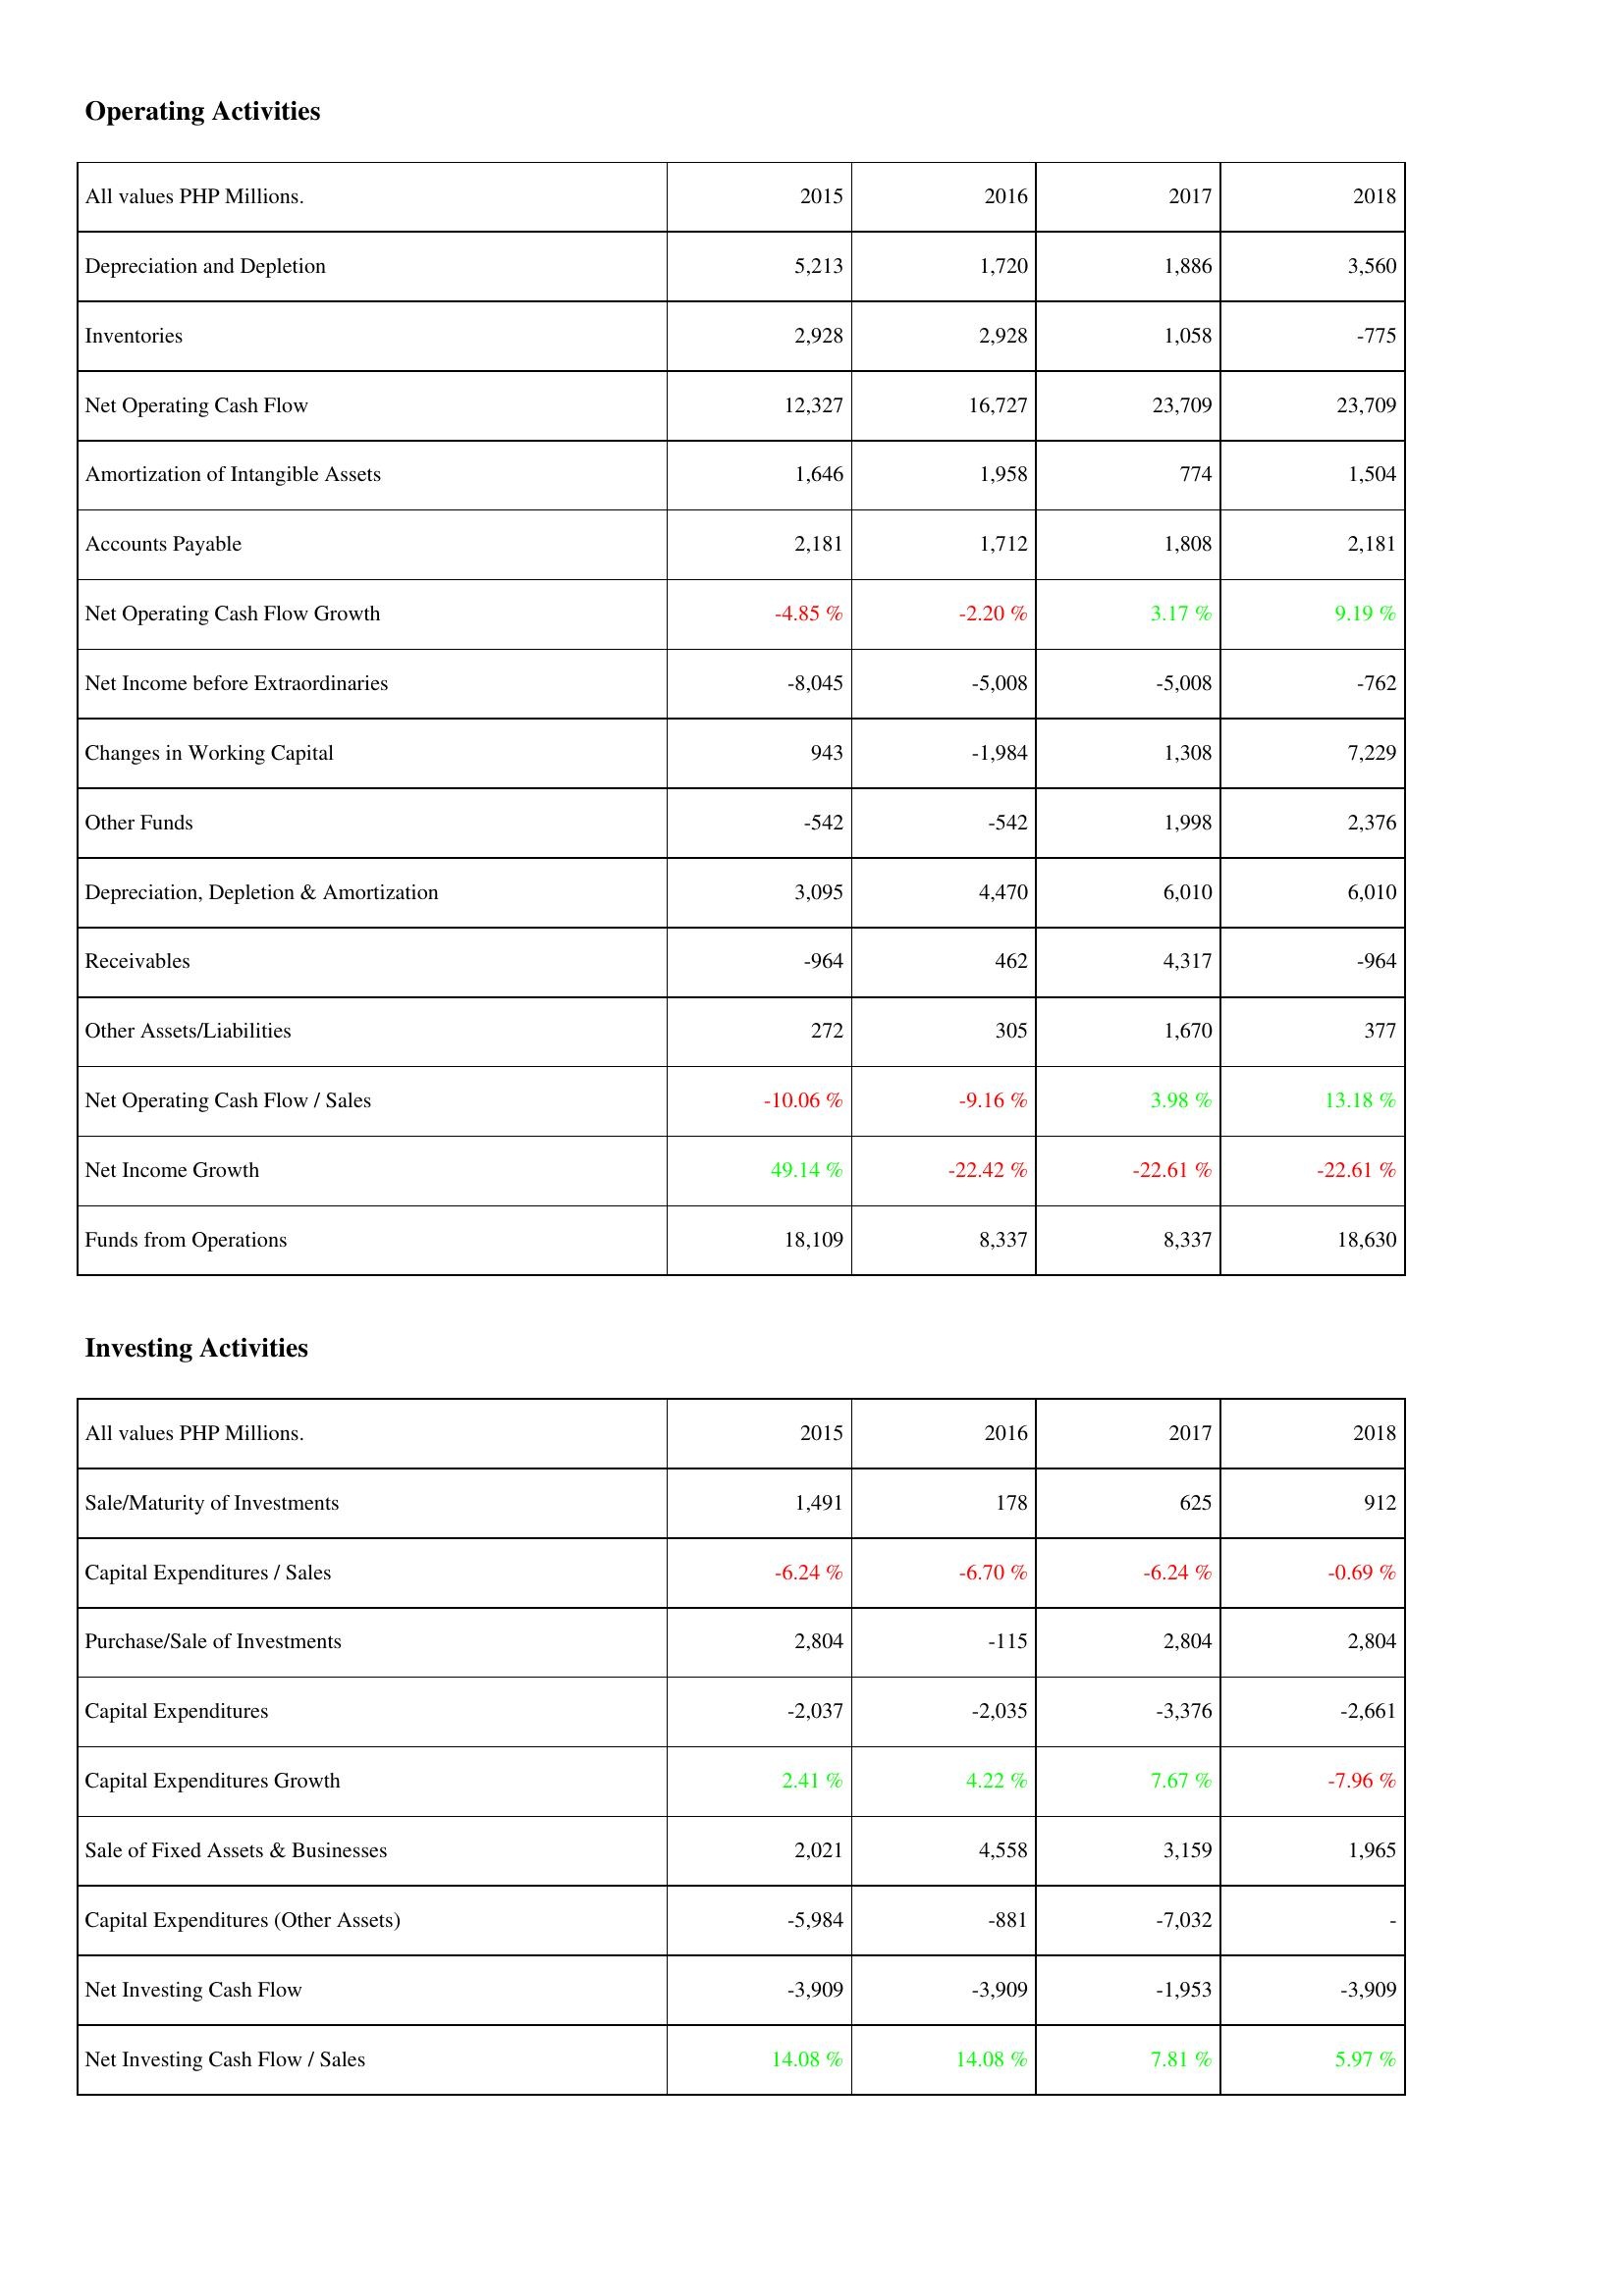
2015: Operating Activities: Depreciation and Depletion: 5,213
Inventories: 2,928
Net Operating Cash Flow: 12,327
Amortization of Intangible Assets: 1,646
Accounts Payable: 2,181
Net Operating Cash Flow Growth: -4.85 %
Net Income before Extraordinaries: -8,045
Changes in Working Capital: 943
Other Funds: -542
Depreciation, Depletion & Amortization: 3,095
Receivables: -964
Other Assets/Liabilities: 272
Net Operating Cash Flow / Sales: -10.06 %
Net Income Growth: 49.14 %
Funds from Operations: 18,109
Investing Activities: Sale/Maturity of Investments: 1,491
Capital Expenditures / Sales: -6.24 %
Purchase/Sale of Investments: 2,804
Capital Expenditures: -2,037
Capital Expenditures Growth: 2.41 %
Sale of Fixed Assets & Businesses: 2,021
Capital Expenditures (Other Assets): -5,984
Net Investing Cash Flow: -3,909
Net Investing Cash Flow / Sales: 14.08 %
2016: Operating Activities: Depreciation and Depletion: 1,720
Inventories: 2,928
Net Operating Cash Flow: 16,727
Amortization of Intangible Assets: 1,958
Accounts Payable: 1,712
Net Operating Cash Flow Growth: -2.20 %
Net Income before Extraordinaries: -5,008
Changes in Working Capital: -1,984
Other Funds: -542
Depreciation, Depletion & Amortization: 4,470
Receivables: 462
Other Assets/Liabilities: 305
Net Operating Cash Flow / Sales: -9.16 %
Net Income Growth: -22.42 %
Funds from Operations: 8,337
Investing Activities: Sale/Maturity of Investments: 178
Capital Expenditures / Sales: -6.70 %
Purchase/Sale of Investments: -115
Capital Expenditures: -2,035
Capital Expenditures Growth: 4.22 %
Sale of Fixed Assets & Businesses: 4,558
Capital Expenditures (Other Assets): -881
Net Investing Cash Flow: -3,909
Net Investing Cash Flow / Sales: 14.08 %
2017: Operating Activities: Depreciation and Depletion: 1,886
Inventories: 1,058
Net Operating Cash Flow: 23,709
Amortization of Intangible Assets: 774
Accounts Payable: 1,808
Net Operating Cash Flow Growth: 3.17 %
Net Income before Extraordinaries: -5,008
Changes in Working Capital: 1,308
Other Funds: 1,998
Depreciation, Depletion & Amortization: 6,010
Receivables: 4,317
Other Assets/Liabilities: 1,670
Net Operating Cash Flow / Sales: 3.98 %
Net Income Growth: -22.61 %
Funds from Operations: 8,337
Investing Activities: Sale/Maturity of Investments: 625
Capital Expenditures / Sales: -6.24 %
Purchase/Sale of Investments: 2,804
Capital Expenditures: -3,376
Capital Expenditures Growth: 7.67 %
Sale of Fixed Assets & Businesses: 3,159
Capital Expenditures (Other Assets): -7,032
Net Investing Cash Flow: -1,953
Net Investing Cash Flow / Sales: 7.81 %
2018: Operating Activities: Depreciation and Depletion: 3,560
Inventories: -775
Net Operating Cash Flow: 23,709
Amortization of Intangible Assets: 1,504
Accounts Payable: 2,181
Net Operating Cash Flow Growth: 9.19 %
Net Income before Extraordinaries: -762
Changes in Working Capital: 7,229
Other Funds: 2,376
Depreciation, Depletion & Amortization: 6,010
Receivables: -964
Other Assets/Liabilities: 377
Net Operating Cash Flow / Sales: 13.18 %
Net Income Growth: -22.61 %
Funds from Operations: 18,630
Investing Activities: Sale/Maturity of Investments: 912
Capital Expenditures / Sales: -0.69 %
Purchase/Sale of Investments: 2,804
Capital Expenditures: -2,661
Capital Expenditures Growth: -7.96 %
Sale of Fixed Assets & Businesses: 1,965
Capital Expenditures (Other Assets): -
Net Investing Cash Flow: -3,909
Net Investing Cash Flow / Sales: 5.97 %